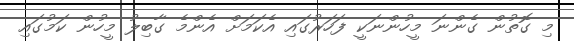
މި ގޮތުން ގެންނަ މީހުންނަކީ ފަހަރުގައި އެކަމަށް އެންމެ ގާބިލު މީހުން ކަމުގައި